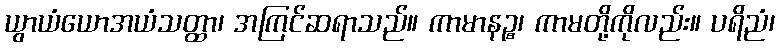
ယွာယံယောအယံသတ္ထာ၊ အကြင်ဆရာသည်။ ကာမာနဉ္စ၊ ကာမတို့ကိုလည်း။ ပရိညံ၊